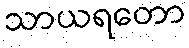
သာယရတော